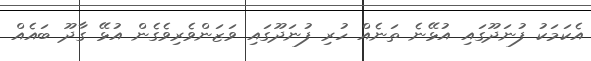
އެކަމަކު ފުނަދޫގައި އުޅޭނެ ތަނެއް ހުރި ފުނަދޫގައި ވަޒަންވެރިވެގެން އުޅޭ ގާދޫ ބައެއް